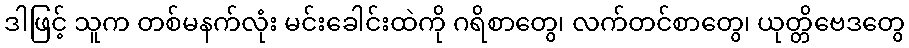
ဒါဖြင့် သူက တစ်မနက်လုံး မင်းခေါင်းထဲကို ဂရိစာတွေ၊ လက်တင်စာတွေ၊ ယုတ္တိဗေဒတွေ